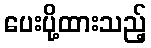
ပေးပို့ထားသည့်